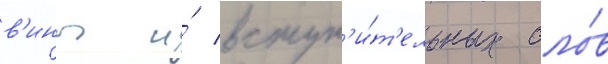
в'ины и́ вступ'и́т'ельных сло́в